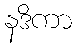
နဒိကာ